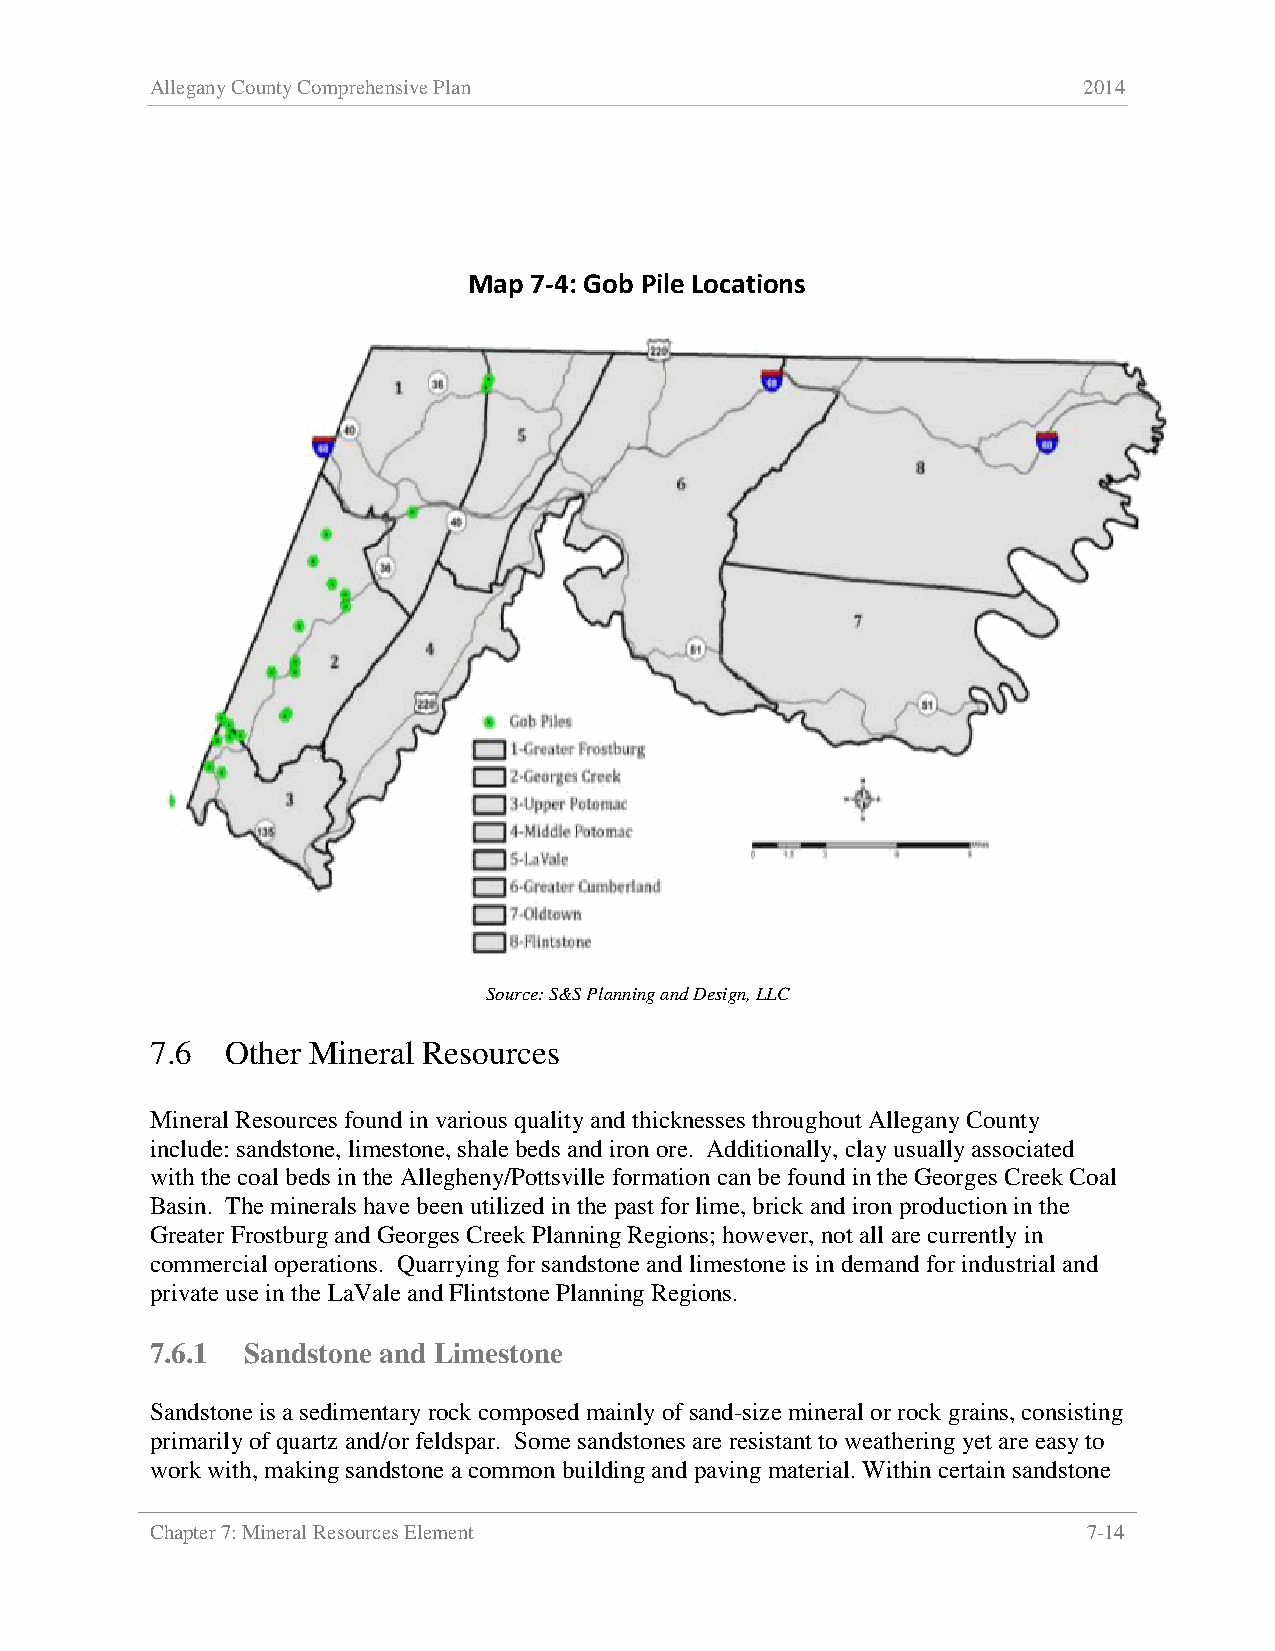
Allegany County Comprehensive Plan                            2014
 Map 7-4: Gob Pile Locations
 Source: S&S Planning and Design, LLC
 7.6  Other Mineral Resources
 Mineral Resources found in various quality and thicknesses throughout Allegany County
 include: sandstone, limestone, shale beds and iron ore. Additionally, clay usually associated
 with the coal beds in the Allegheny/Pottsville formation can be found in the Georges Creek Coal
 Basin. The minerals have been utilized in the past for lime, brick and iron production in the
 Greater Frostburg and Georges Creek Planning Regions; however, not all are currently in
 commercial operations. Quarrying for sandstone and limestone is in demand for industrial and
 private use in the LaVale and Flintstone Planning Regions.
 7.6.1 Sandstone and Limestone
 Sandstone is a sedimentary rock composed mainly of sand-size mineral or rock grains, consisting
 primarily of quartz and/or feldspar. Some sandstones are resistant to weathering yet are easy to
 work with, making sandstone a common building and paving material. Within certain sandstone
 Chapter 7: Mineral Resources Element                          7-14